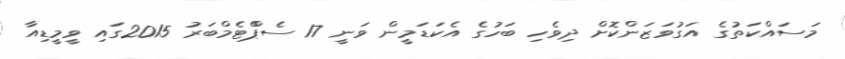
މަސައްކަތުގެ އަގުވަޒަންކޮށް ދިވެހި ބަހުގެ އެކަޑަމީން ވަނީ 17 ސެޕްްޓެމްބަރު 2015ގައި ވީމީޑިއާ